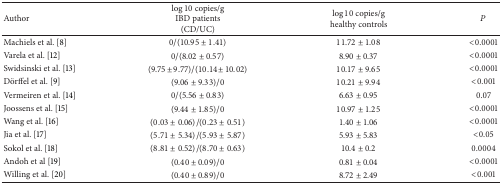
<table><thead><tr><td><b>Author</b></td><td><b>log⁡10 copies/g IBD patients (CD/UC)</b></td><td><b>log⁡10 copies/g healthy controls</b></td><td><b><i>P</i></b></td></tr></thead><tbody><tr><td>Machiels et al. [8]</td><td>0/(10.95 ± 1.41)</td><td>11.72 ± 1.08</td><td>&lt;0.0001</td></tr><tr><td>Varela et al. [12]</td><td>0/(8.02 ± 0.57)</td><td>8.90 ± 0.37</td><td>&lt;0.0001</td></tr><tr><td>Swidsinski et al. [13]</td><td>(9.75 ± 9.77)/(10.14 ± 10.02)</td><td>10.17 ± 9.65</td><td>&lt;0.0001</td></tr><tr><td>Dörffel et al. [9]</td><td>(9.06 ± 9.33)/0</td><td>10.21 ± 9.94</td><td>&lt;0.001</td></tr><tr><td>Vermeiren et al. [14]</td><td>0/(5.56 ± 0.83)</td><td>6.63 ± 0.95</td><td>0.07</td></tr><tr><td>Joossens et al. [15]</td><td>(9.44 ± 1.85)/0</td><td>10.97 ± 1.25</td><td>&lt;0.0001</td></tr><tr><td>Wang et al. [16]</td><td>(0.03 ± 0.06)/(0.23 ± 0.51)</td><td>1.40 ± 1.06</td><td>&lt;0.0001</td></tr><tr><td>Jia et al. [17]</td><td>(5.71 ± 5.34)/(5.93 ± 5.87)</td><td>5.93 ± 5.83</td><td>&lt;0.05</td></tr><tr><td>Sokol et al. [18]</td><td>(8.81 ± 0.52)/(8.70 ± 0.63)</td><td>10.4 ± 0.2</td><td>0.0004</td></tr><tr><td>Andoh et al [19]</td><td>(0.40 ± 0.09)/0</td><td>0.81 ± 0.04</td><td>&lt;0.0001</td></tr><tr><td>Willing et al. [20]</td><td>(0.40 ± 0.89)/0</td><td>8.72 ± 2.49</td><td>&lt;0.001</td></tr></tbody></table>